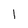
Character: l